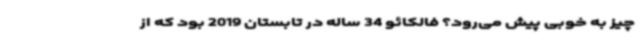
چیز به خوبی پیش می‌رود؟ فالکائو 34 ساله در تابستان 2019 بود که از